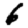
Digit: 6